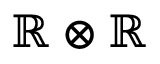
\mathbb { R } \otimes \mathbb { R }